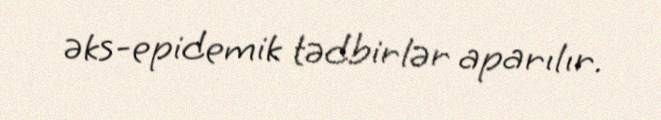
əks-epidemik tədbirlər aparılır.